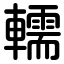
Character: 轜